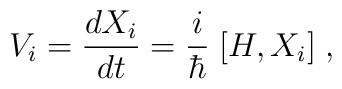
V_i = \frac{d X_i}{d t} = \frac{i}{\hbar} \; {[} H, X_i {]} \; ,